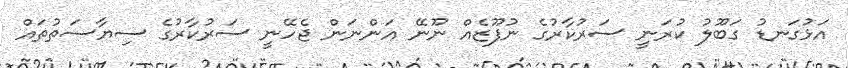
އަޅުގަނޑު ގަބޫލު ކުރަނީ ސަރުކާރުގެ ނުފޫޒެއް ނޫނޭ އަންނަން ޖެހޭނީ ސަރުކާރުގެ ސިޔާސަތުތައް